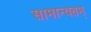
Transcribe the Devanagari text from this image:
सामान्यतम्